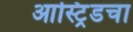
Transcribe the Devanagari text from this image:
आस्ट्रिडचा